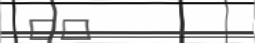
٦٤